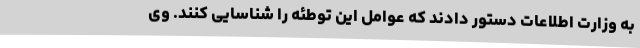
به وزارت اطلاعات دستور دادند که عوامل این توطئه را شناسایی کنند. وی